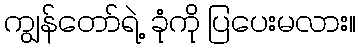
ကျွန်တော်ရဲ့ ခုံကို ပြပေးမလား။